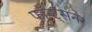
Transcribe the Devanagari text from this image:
फाँन्ट्‌सने